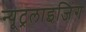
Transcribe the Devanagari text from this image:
न्यूट्रलाइजिंग